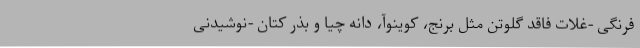
فرنگی -غلات فاقد گلوتن مثل برنج، کوینوآ، دانه چیا و بذر کتان -نوشیدنی